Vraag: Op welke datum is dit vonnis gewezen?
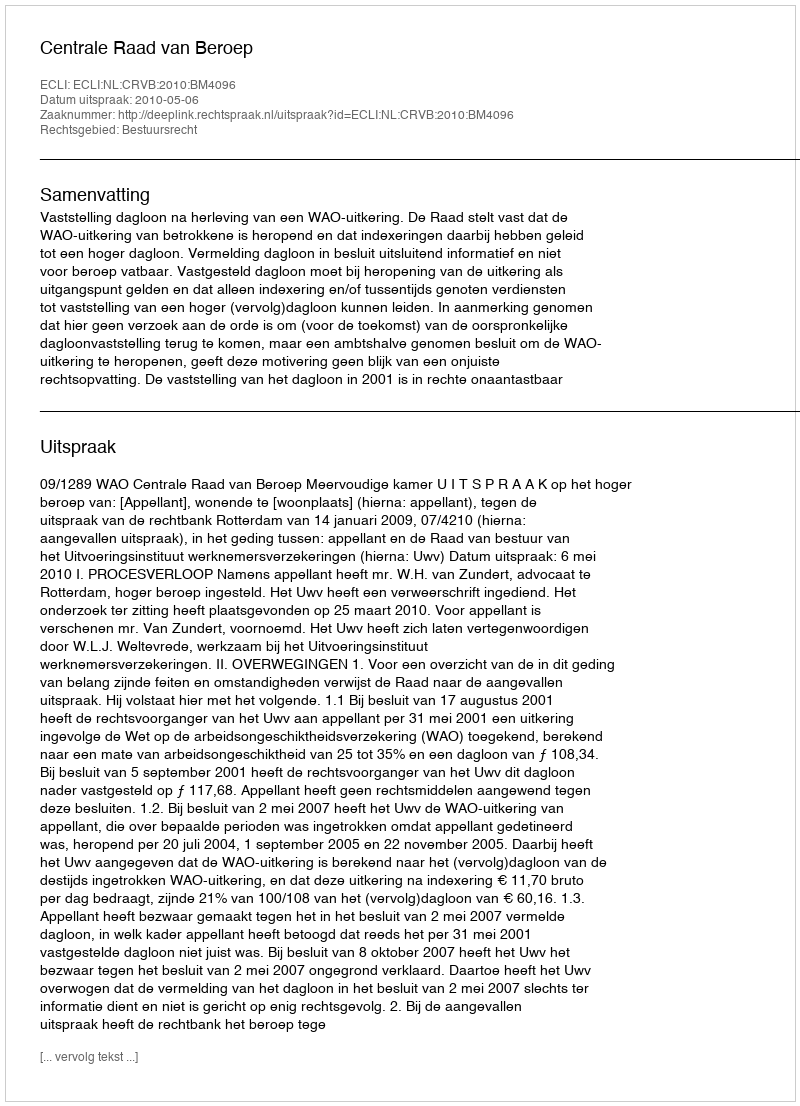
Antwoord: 2010-05-06